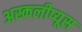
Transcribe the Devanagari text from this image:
अस्कलीप्यूस